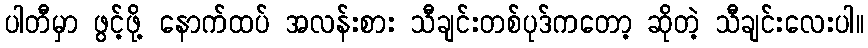
ပါတီမှာ ဖွင့်ဖို့ နောက်ထပ် အလန်းစား သီချင်းတစ်ပုဒ်ကတော့ ဆိုတဲ့ သီချင်းလေးပါ။